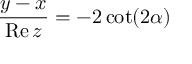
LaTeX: \frac { y - x } { \mathrm { R e } \, z } = - 2 \cot ( 2 \alpha )